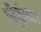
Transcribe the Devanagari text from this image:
पंहुंचा